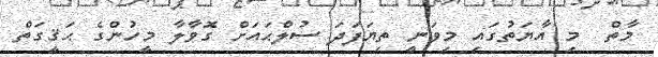
މާތް  މި އާޔަތުގައި މިވަނީ ތިޔަފަދަ ސުލްޙައަށް ގޮވާލާ މީހުންގެ ޙަޤީގަތް